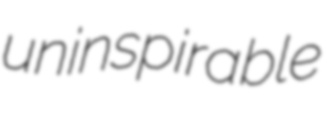
uninspirable